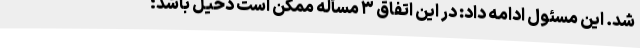
شد. این مسئول ادامه داد: در این اتفاق ۳ مسأله ممکن است دخیل باشد؛